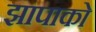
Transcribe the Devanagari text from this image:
झापाको